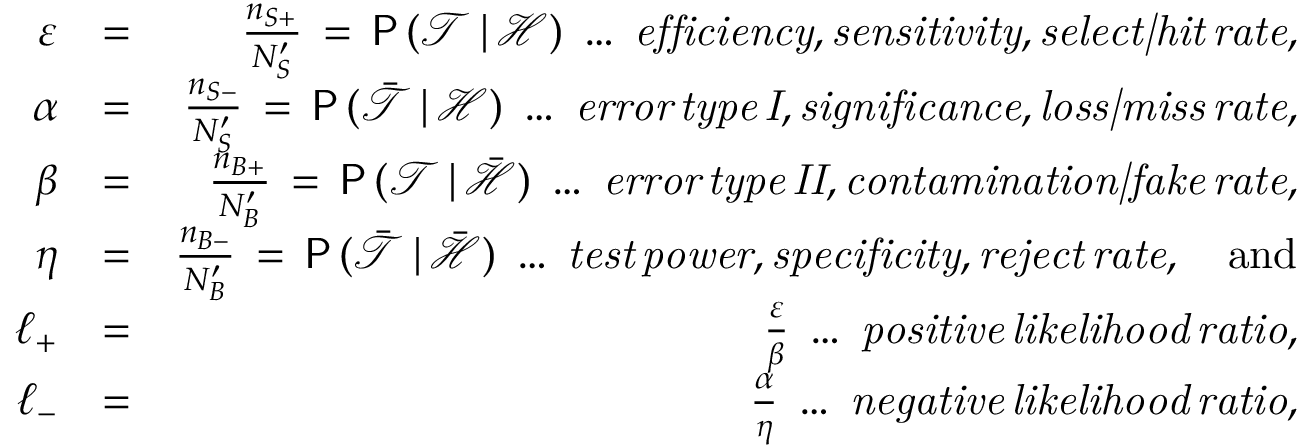
\begin{array} { r l r } { \varepsilon } & { = } & { \frac { n _ { S + } } { N _ { S } ^ { \prime } } \, = \, \mathsf { P } \, ( \mathcal { T } \, | \, \mathcal { H } ) \; \ldots \; \mathit { e f f i c i e n c y , s e n s i t i v i t y , s e l e c t | h i t \, r a t e } , } \\ { \alpha } & { = } & { \frac { n _ { S - } } { N _ { S } ^ { \prime } } \, = \, \mathsf { P } \, ( \bar { \mathcal { T } } \, | \, \mathcal { H } ) \; \ldots \; \mathit { e r r o r \, t y p e \, I , s i g n i f i c a n c e , l o s s | m i s s \, r a t e } , } \\ { \beta } & { = } & { \frac { n _ { B + } } { N _ { B } ^ { \prime } } \, = \, \mathsf { P } \, ( \mathcal { T } \, | \, \bar { \mathcal { H } } ) \; \ldots \; \mathit { e r r o r \, t y p e \, I I , c o n t a m i n a t i o n | f a k e \, r a t e } , } \\ { \eta } & { = } & { \frac { n _ { B - } } { N _ { B } ^ { \prime } } \, = \, \mathsf { P } \, ( \bar { \mathcal { T } } \, | \, \bar { \mathcal { H } } ) \; \ldots \; \mathit { t e s t \, p o w e r , s p e c i f i c i t y , r e j e c t \, r a t e } , \quad \mathrm { a n d } } \\ { \ell _ { + } } & { = } & { \frac { \varepsilon } { \beta } \; \ldots \; \mathit { p o s i t i v e \, l i k e l i h o o d \, r a t i o } , } \\ { \ell _ { - } } & { = } & { \frac { \alpha } { \eta } \; \ldots \; \mathit { n e g a t i v e \, l i k e l i h o o d \, r a t i o } , } \end{array}